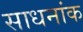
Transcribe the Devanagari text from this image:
साधनांक